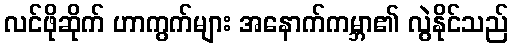
လင်ဖိုဆိုက် ဟာကွက်များ အနောက်ကမ္ဘာ၏ လွဲနိုင်သည်